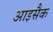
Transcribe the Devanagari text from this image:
आइसैक